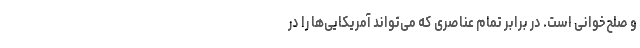
و صلح‌خوانی است. در برابر تمام عناصری که می‌تواند آمریکایی‌ها را در